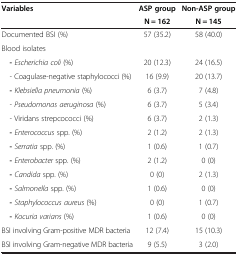
| Variables | ASP group | Non-ASP group |
 |  | N = 162 | N = 145 |
 | --- | --- | --- |
 | Documented BSI (%) | 57 (35.2) | 58 (40.0) |
 | Blood isolates |  |  |
 | -Escherichia coli (%) | 20 (12.3) | 24 (16.5) |
 | - Coagulase-negative staphylococci (%) | 16 (9.9) | 20 (13.7) |
 | -Klebsiella pneumonia (%) | 6 (3.7) | 7 (4.8) |
 | - Pseudomonas aeruginosa (%) | 6 (3.7) | 5 (3.4) |
 | - Viridans strepcococci (%) | 6 (3.7) | 2 (1.3) |
 | -Enterococcus spp. (%) | 2 (1.2) | 2 (1.3) |
 | -Serratia spp. (%) | 1 (0.6) | 1 (0.7) |
 | -Enterobacter spp. (%) | 2 (1.2) | 0 (0) |
 | -Candida spp. (%) | 0 (0) | 2 (1.3) |
 | -Salmonella spp. (%) | 1 (0.6) | 0 (0) |
 | -Staphylococcus aureus (%) | 0 (0) | 1 (0.7) |
 | -Kocuria varians (%) | 1 (0.6) | 0 (0) |
 | BSI involving Gram-positive MDR bacteria | 12 (7.4) | 15 (10.3) |
 | BSI involving Gram-negative MDR bacteria | 9 (5.5) | 3 (2.0) |